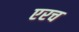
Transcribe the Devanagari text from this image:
एरच